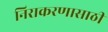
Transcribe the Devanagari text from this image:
निराकरणासाठी